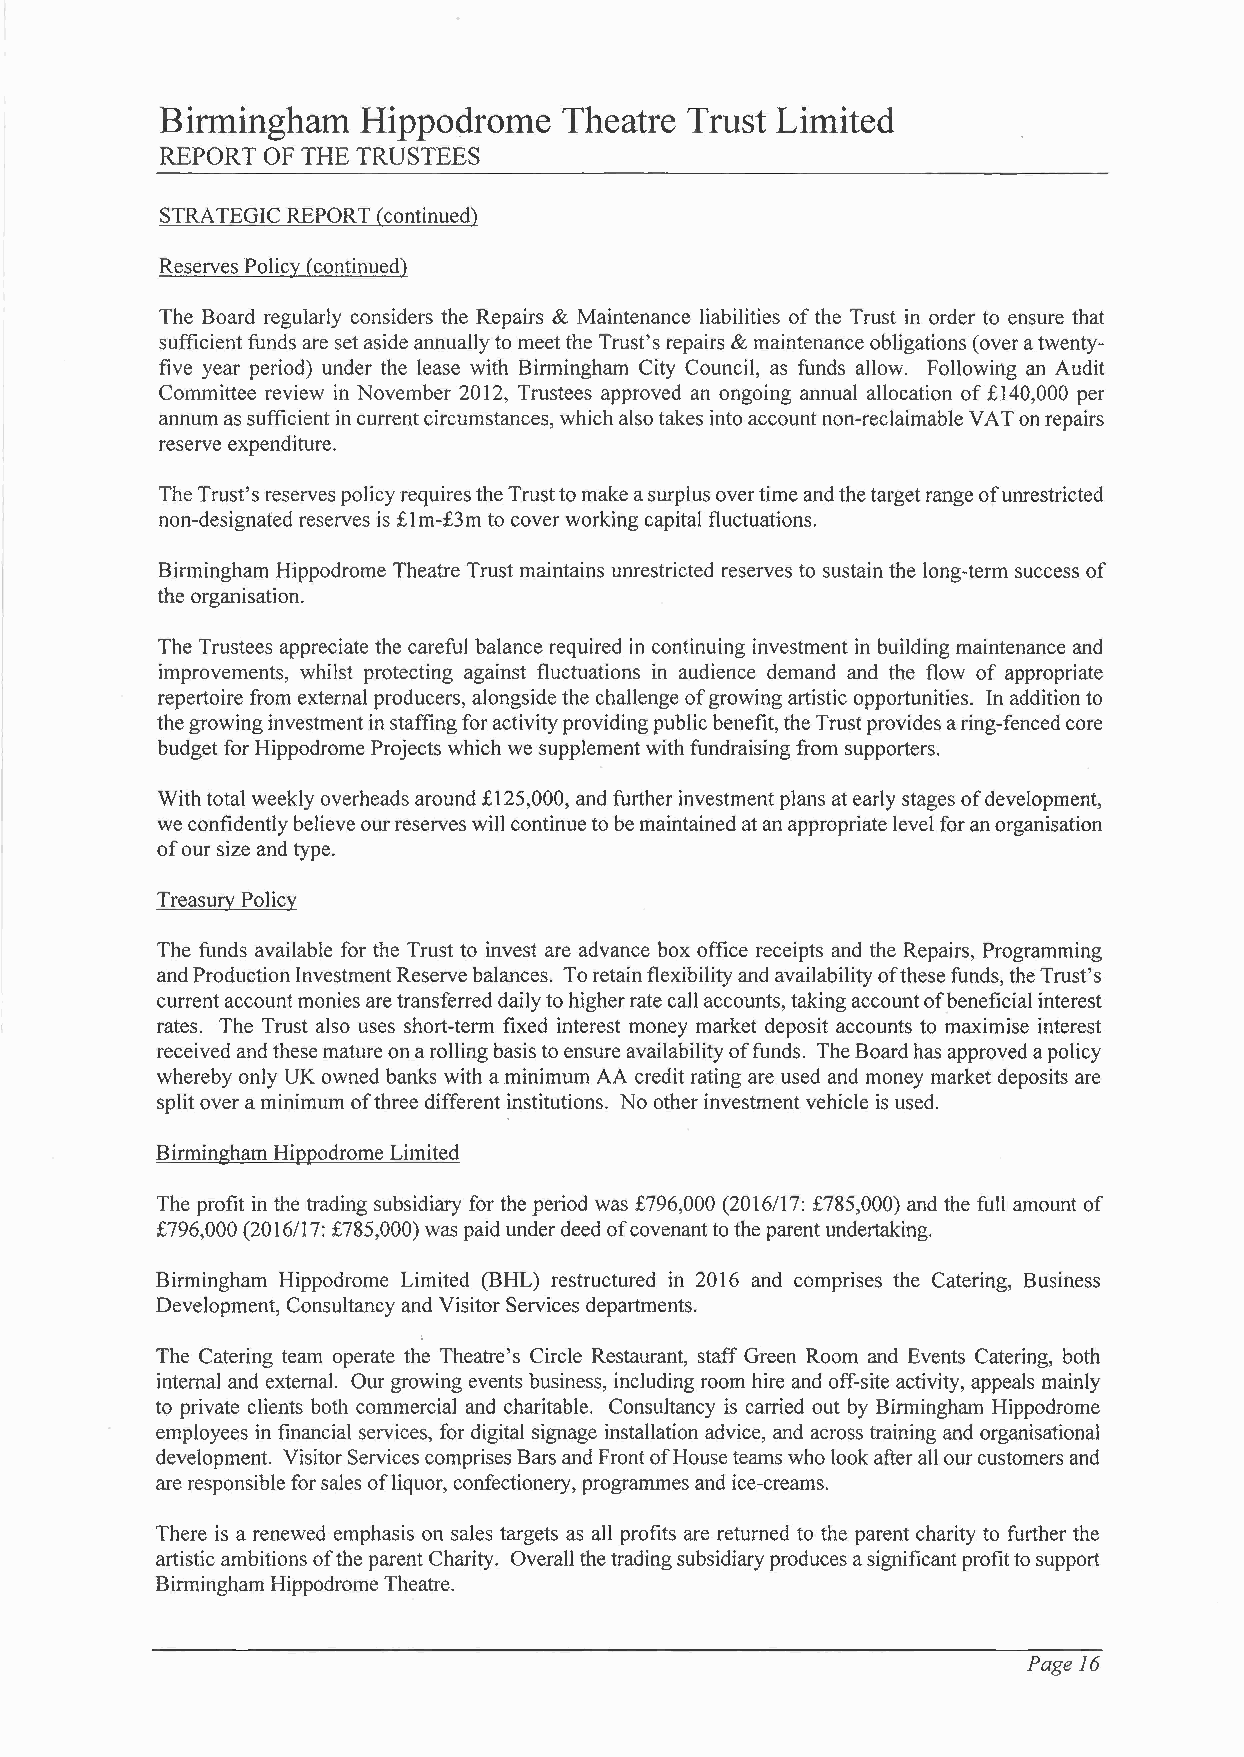
Birmingham   Hippodrome   Theatre Trust Limited
 REPORT OF THE TRUSTEES
 STRATEGIC REPORT (continued)
 Reserves Policy (continued)
 The Board regularly considers the Repairs & Maintenance liabilities of the Trust in order to ensure that
 sufficient funds are set aside annually to meet the Trust's repairs & maintenance obligations (over a twenty
 five year period) under the lease with Birmingham City Council, as funds allow. Following an Audit
 Committee review in November 2012, Trustees approved an ongoing annual allocation of £140,000 per
 annum as sufficient in current circumstances, which also takes into account non-reclaimable VA T on repairs
 reserve expenditure.
 The Trust's reserves policy requires the Trust to make a surplus over time and the target range of unrestricted
 non-designated reserves is £lm-£3m to cover working capital fluctuations.
 Birmingham Hippodrome Theatre Trust maintains unrestricted reserves to sustain the long-term success of
 the organisation.
 The Trustees appreciate the careful balance required in continuing investment in building maintenance and
 improvements, whilst protecting against fluctuations in audience demand and the flow of appropriate
 repertoire from external producers, alongside the challenge of growing artistic opportunities. In addition to
 the growing investment in staffing for activity providing public benefit, the Trust provides a ring-fenced core
 budget for Hippodrome Projects which we supplement with fundraising from supporters.
 With total weekly overheads around £125,000, and further investment plans at early stages of development,
 we confidently believe our reserves will continue to be maintained at an appropriate level for an organisation
 of our size and type.
 Treasury Policy
 The funds available for the Trust to invest are advance box office receipts and the Repairs, Programming
 and Production Investment Reserve balances. To retain flexibility and availability of these funds, the Trust's
 current account monies are transferred daily to higher rate call accounts, taking account of beneficial interest
 rates. The Trust also uses short-term fixed interest money market deposit accounts to maximise interest
 received and these mature on a rolling basis to ensure availability of funds. The Board has approved a policy
 whereby only UK owned banks with a minimum AA credit rating are used and money market deposits are
 split over a minimum of three different institutions. No other investment vehicle is used.
 Birmingham Hippodrome Limited
 The profit in the trading subsidiary for the period was £796,000 (2016/17: £785,000) and the full amount of
 £796,000 (2016/17: £785,000) was paid under deed of covenant to the parent undertaking.
 Birmingham Hippodrome Limited (BHL) restructured in 2016 and comprises the Catering, Business
 Development, Consultancy and Visitor Services departments.
 The Catering team operate the Theatre's Circle Restaurant, staff Green Room and Events Catering, both
 internal and external. Our growing events business, including room hire and off-site activity, appeals mainly
 to private clients both commercial and charitable. Consultancy is carried out by Birmingham Hippodrome
 employees in financial services, for digital signage installation advice, and across training and organisational
 development. Visitor Services comprises Bars and Front of House teams who look after all our customers and
 are responsible for sales ofliquor, confectionery, programmes and ice-creams.
 There is a renewed emphasis on sales targets as all profits are returned to the parent charity to further the
 artistic ambitions of the parent Charity. Overall the trading subsidiary produces a significant profit to support
 Birmingham Hippodrome Theatre.
 Page 16